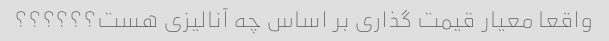
واقعا معیار قیمت گذاری بر اساس چه آنالیزی هست؟؟؟؟؟؟